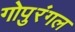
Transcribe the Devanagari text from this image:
गोपुरंगल